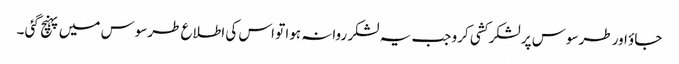
جاؤ اور طرسوس پر لشکر کشی کرو جب یہ لشکر روانہ ہوا تو اس کی اطلاع طرسوس میں پہنچ گئی ۔